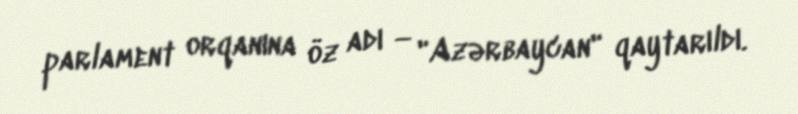
parlament orqanına öz adı — "Azərbaycan" qaytarıldı.